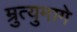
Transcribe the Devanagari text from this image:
म्रुत्युमागे